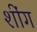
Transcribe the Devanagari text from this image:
शींग